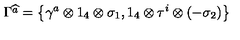
\Gamma \widehat { ^ { a } } = \left\{ \gamma ^ { a } \otimes 1 _ { 4 } \otimes \sigma _ { 1 } , 1 _ { 4 } \otimes \tau ^ { i } \otimes ( - \sigma _ { 2 } ) \right\}